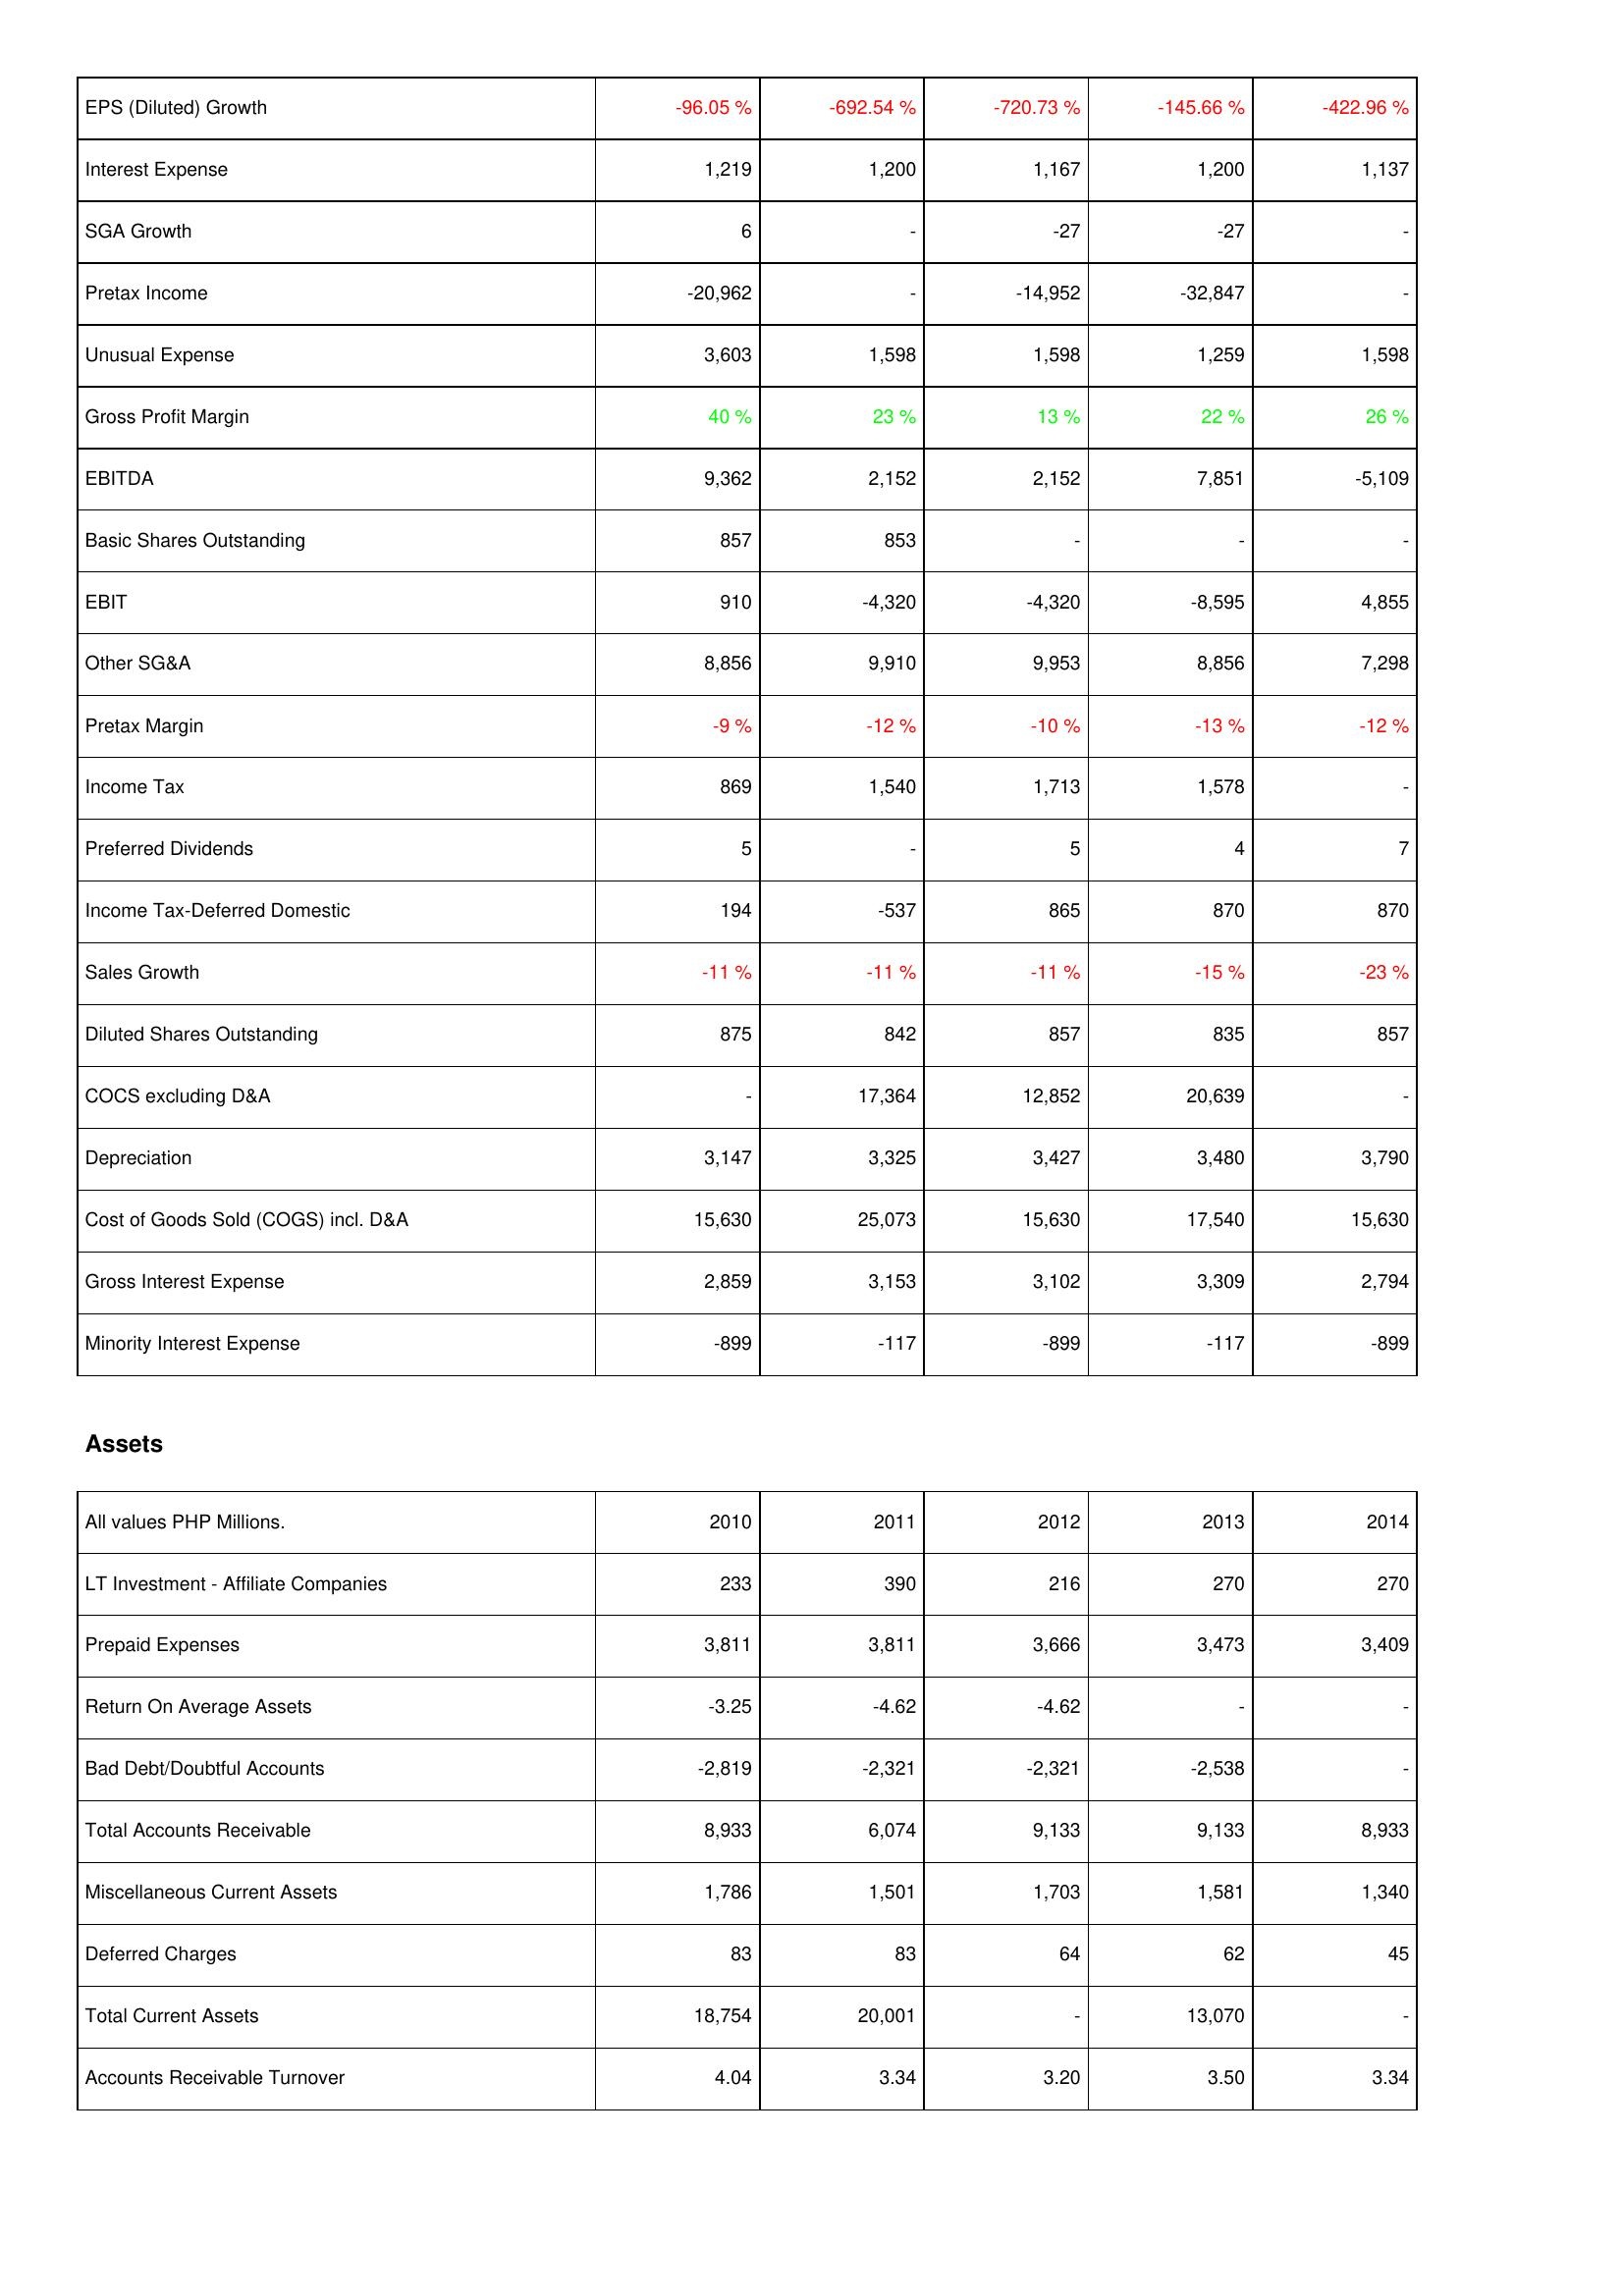
2010: Income Statement: EPS (Diluted) Growth: -96.05 %
Interest Expense: 1,219
SGA Growth: 6
Pretax Income: -20,962
Unusual Expense: 3,603
Gross Profit Margin: 40 %
EBITDA: 9,362
Basic Shares Outstanding: 857
EBIT: 910
Other SG&A: 8,856
Pretax Margin: -9 %
Income Tax: 869
Preferred Dividends: 5
Income Tax-Deferred Domestic: 194
Sales Growth: -11 %
Diluted Shares Outstanding: 875
COCS excluding D&A: -
Depreciation: 3,147
Cost of Goods Sold (COGS) incl. D&A: 15,630
Gross Interest Expense: 2,859
Minority Interest Expense: -899
Assets: LT Investment - Affiliate Companies: 233
Prepaid Expenses: 3,811
Return On Average Assets: -3.25
Bad Debt/Doubtful Accounts: -2,819
Total Accounts Receivable: 8,933
Miscellaneous Current Assets: 1,786
Deferred Charges: 83
Total Current Assets: 18,754
Accounts Receivable Turnover: 4.04
2011: Income Statement: EPS (Diluted) Growth: -692.54 %
Interest Expense: 1,200
SGA Growth: -
Pretax Income: -
Unusual Expense: 1,598
Gross Profit Margin: 23 %
EBITDA: 2,152
Basic Shares Outstanding: 853
EBIT: -4,320
Other SG&A: 9,910
Pretax Margin: -12 %
Income Tax: 1,540
Preferred Dividends: -
Income Tax-Deferred Domestic: -537
Sales Growth: -11 %
Diluted Shares Outstanding: 842
COCS excluding D&A: 17,364
Depreciation: 3,325
Cost of Goods Sold (COGS) incl. D&A: 25,073
Gross Interest Expense: 3,153
Minority Interest Expense: -117
Assets: LT Investment - Affiliate Companies: 390
Prepaid Expenses: 3,811
Return On Average Assets: -4.62
Bad Debt/Doubtful Accounts: -2,321
Total Accounts Receivable: 6,074
Miscellaneous Current Assets: 1,501
Deferred Charges: 83
Total Current Assets: 20,001
Accounts Receivable Turnover: 3.34
2012: Income Statement: EPS (Diluted) Growth: -720.73 %
Interest Expense: 1,167
SGA Growth: -27
Pretax Income: -14,952
Unusual Expense: 1,598
Gross Profit Margin: 13 %
EBITDA: 2,152
Basic Shares Outstanding: -
EBIT: -4,320
Other SG&A: 9,953
Pretax Margin: -10 %
Income Tax: 1,713
Preferred Dividends: 5
Income Tax-Deferred Domestic: 865
Sales Growth: -11 %
Diluted Shares Outstanding: 857
COCS excluding D&A: 12,852
Depreciation: 3,427
Cost of Goods Sold (COGS) incl. D&A: 15,630
Gross Interest Expense: 3,102
Minority Interest Expense: -899
Assets: LT Investment - Affiliate Companies: 216
Prepaid Expenses: 3,666
Return On Average Assets: -4.62
Bad Debt/Doubtful Accounts: -2,321
Total Accounts Receivable: 9,133
Miscellaneous Current Assets: 1,703
Deferred Charges: 64
Total Current Assets: -
Accounts Receivable Turnover: 3.20
2013: Income Statement: EPS (Diluted) Growth: -145.66 %
Interest Expense: 1,200
SGA Growth: -27
Pretax Income: -32,847
Unusual Expense: 1,259
Gross Profit Margin: 22 %
EBITDA: 7,851
Basic Shares Outstanding: -
EBIT: -8,595
Other SG&A: 8,856
Pretax Margin: -13 %
Income Tax: 1,578
Preferred Dividends: 4
Income Tax-Deferred Domestic: 870
Sales Growth: -15 %
Diluted Shares Outstanding: 835
COCS excluding D&A: 20,639
Depreciation: 3,480
Cost of Goods Sold (COGS) incl. D&A: 17,540
Gross Interest Expense: 3,309
Minority Interest Expense: -117
Assets: LT Investment - Affiliate Companies: 270
Prepaid Expenses: 3,473
Return On Average Assets: -
Bad Debt/Doubtful Accounts: -2,538
Total Accounts Receivable: 9,133
Miscellaneous Current Assets: 1,581
Deferred Charges: 62
Total Current Assets: 13,070
Accounts Receivable Turnover: 3.50
2014: Income Statement: EPS (Diluted) Growth: -422.96 %
Interest Expense: 1,137
SGA Growth: -
Pretax Income: -
Unusual Expense: 1,598
Gross Profit Margin: 26 %
EBITDA: -5,109
Basic Shares Outstanding: -
EBIT: 4,855
Other SG&A: 7,298
Pretax Margin: -12 %
Income Tax: -
Preferred Dividends: 7
Income Tax-Deferred Domestic: 870
Sales Growth: -23 %
Diluted Shares Outstanding: 857
COCS excluding D&A: -
Depreciation: 3,790
Cost of Goods Sold (COGS) incl. D&A: 15,630
Gross Interest Expense: 2,794
Minority Interest Expense: -899
Assets: LT Investment - Affiliate Companies: 270
Prepaid Expenses: 3,409
Return On Average Assets: -
Bad Debt/Doubtful Accounts: -
Total Accounts Receivable: 8,933
Miscellaneous Current Assets: 1,340
Deferred Charges: 45
Total Current Assets: -
Accounts Receivable Turnover: 3.34